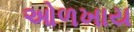
ઓળખાય